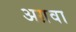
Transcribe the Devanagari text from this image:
अग़वा